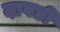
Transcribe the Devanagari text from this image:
दावडी